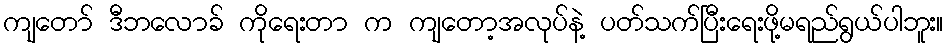
ကျတော် ဒီဘလောခ် ကိုရေးတာ က ကျတော့အလုပ်နဲ့ ပတ်သက်ပြီးရေးဖို့မရည်ရွယ်ပါဘူး။